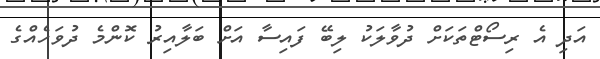
އަދި އެ ރިސޯޓްތަކަށް ދުވާލަކު ލިބޭ ފައިސާ އަށް ބަލާއިރު ކޮންމެ ދުވަހެއްގެ